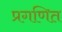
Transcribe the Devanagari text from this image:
प्रगणित